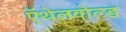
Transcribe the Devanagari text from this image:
ऍथेलवोल्ड